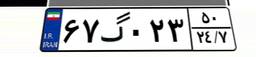
۶۷گ۰۲۳۵۰